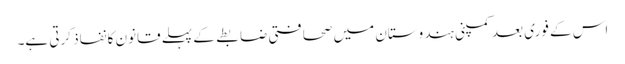
اس کے فوری بعد کمپنی ہندوستان میں صحافتی ضابطے کے پہلے قانون کا نفاذ کرتی ہے۔